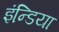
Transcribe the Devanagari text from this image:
इंन्डिया